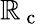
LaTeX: \mathbb{R}_{\mathrm{{~c~}}}